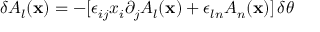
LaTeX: \delta A _ { l } ( { \bf x } ) = - [ \epsilon _ { i j } x _ { i } \partial _ { j } A _ { l } ( { \bf x } ) + \epsilon _ { l n } A _ { n } ( { \bf x } ) ] \, \delta \theta